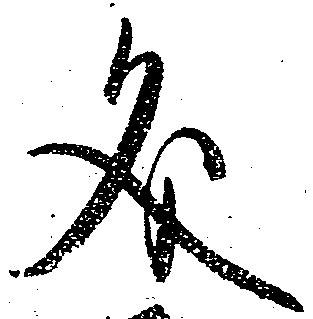
文